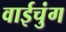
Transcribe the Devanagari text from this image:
वाईचुंग